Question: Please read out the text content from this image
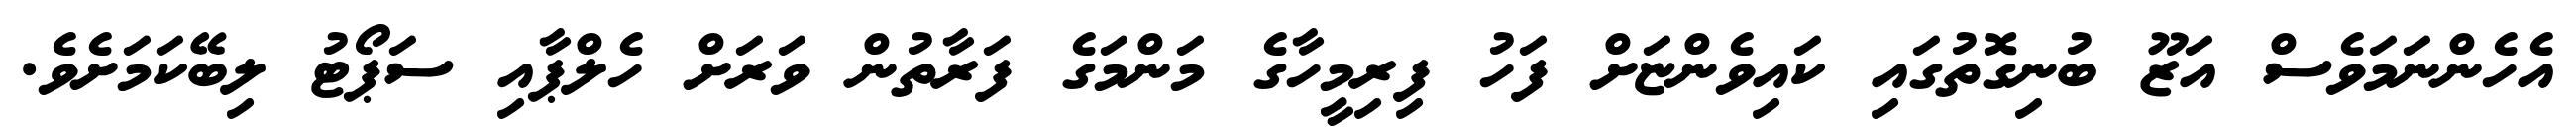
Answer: އެހެންނަމަވެސް އަޒޫ ބުނިގޮތުގައި ކައިވެންޏަށް ފަހު ފިރިމީހާގެ މަންމަގެ ފަރާތުން ވަރަށް ހެލްޕާއި ސަޕޯޓު ލިބޭކަމަށެވެ.